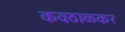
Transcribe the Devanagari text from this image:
कवठाळकर